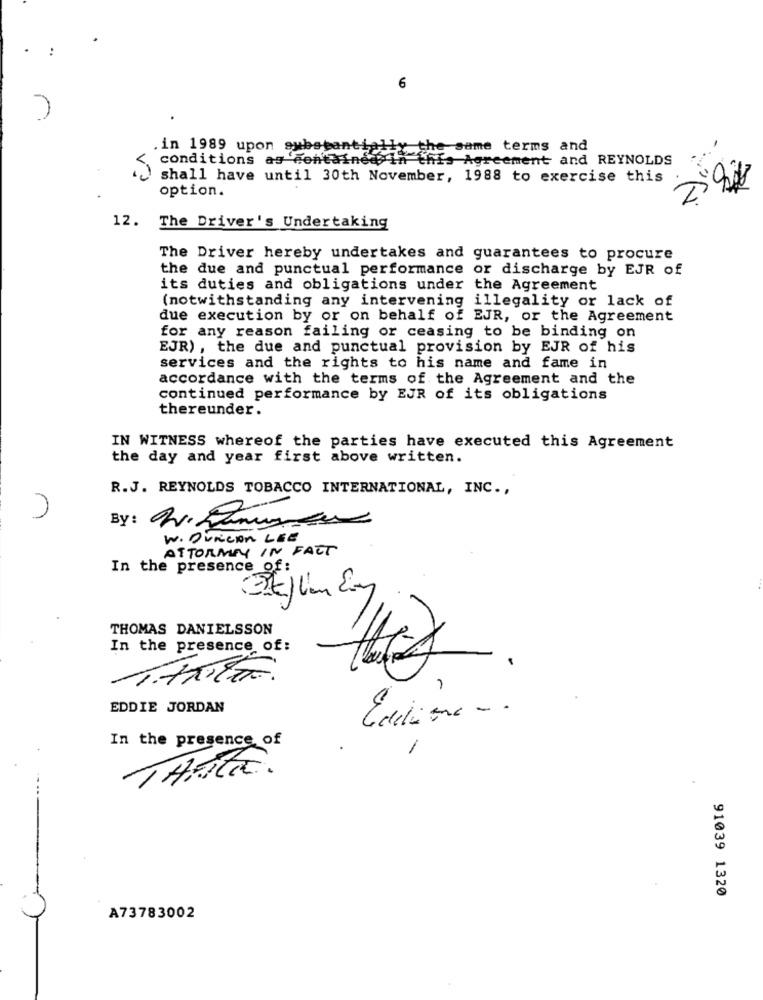
6
in 1989 upon substan
e same terms and
conditions as 'containedin this Agreement and REYNOLDS
shall have until 30th November, 1988 to exercise this
option.
2
12. The Driver's Undertaking
The Driver hereby undertakes and guarantees to procure
the due and punctual performance or discharge by EJR of
its duties and obligations under the Agreement
(notwithstanding any intervening illegality or lack of
due execution by or on behalf of EJR, or the Agreement
for any reason failing or ceasing to be binding on
EJR) , the due and punctual provision by EJR of his
services and the rights to his name and fame in
accordance with the terms of the Agreement and the
continued performance by EJR of its obligations
thereunder.
IN WITNESS whereof the parties have executed this Agreement
the day and year first above written.
R.J. REYNOLDS TOBACCO INTERNATIONAL, INC .,
n
By: 2. Emmisto
W. Duricon LEE
ATTORNEY IN FACT
In the presence of
THOMAS DANIELSSON
In the presence of:
TENETE.
EDDIE JORDAN
In the presence of
TANTE.
91039 1320
A73783002